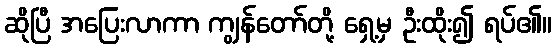
ဆိုပြီ အပြေးလာကာ ကျွန်တော်တို့ ရှေ့မှ ဦးထိုး၍ ရပ်၏။